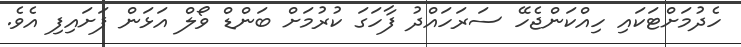
ހެދުމަށްޓަކައި ހިއްކަންޖެހޭ ސަރަހައްދު ފާހަގަ ކުރުމަށް ބަންޑް ވޯލް އަޅަން ފަށައިފި އެވެ.